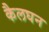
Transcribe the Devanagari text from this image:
कैलघन